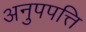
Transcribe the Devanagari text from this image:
अनुपपत्ति